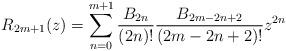
LaTeX: \begin{align*} R_{2 m + 1} (z) = \sum_{n = 0}^{m + 1} \frac{B_{2 n}}{(2 n) !} \frac{B_{2 m - 2 n + 2}}{(2 m - 2 n + 2) !} z^{2 n} \end{align*}